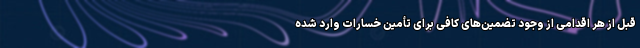
قبل از هر اقدامی از وجود تضمین‌های کافی برای تأمین خسارات وارد شده